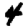
Digit: 4